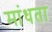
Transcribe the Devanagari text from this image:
मांधता